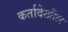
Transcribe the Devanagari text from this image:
कर्तादेखील